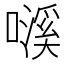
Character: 𱕁